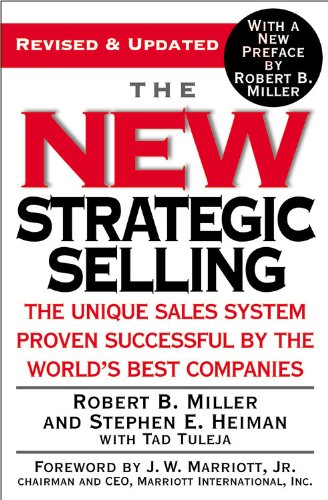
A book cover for The New Strategic Selling: The Unique Sales System Proven Successful by the World's Best Companies; Robert B. Miller; Business & Money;